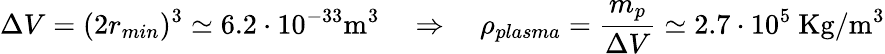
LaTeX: \Delta V=(2r_{min})^{3}\simeq 6.2\cdot 10^{-33}\mathrm{m^{3}}\quad\Rightarrow\quad\rho_{plasma}=\frac{m_{p}}{\Delta V}\simeq 2.7\cdot 10^{5}~\mathrm{Kg/m^{3}}